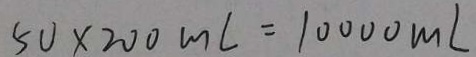
5 0 \times 2 0 0 m L = 1 0 0 0 0 m L